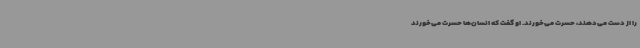
را از دست می‌دهند، حسرت می‌خورند. او گفت که انسان‌ها حسرت می‌خورند